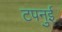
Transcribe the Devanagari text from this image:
टपनुई